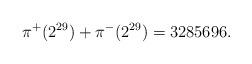
LaTeX: \begin{align*}\pi^+(2^{29})+\pi^-(2^{29})=3285696.\end{align*}